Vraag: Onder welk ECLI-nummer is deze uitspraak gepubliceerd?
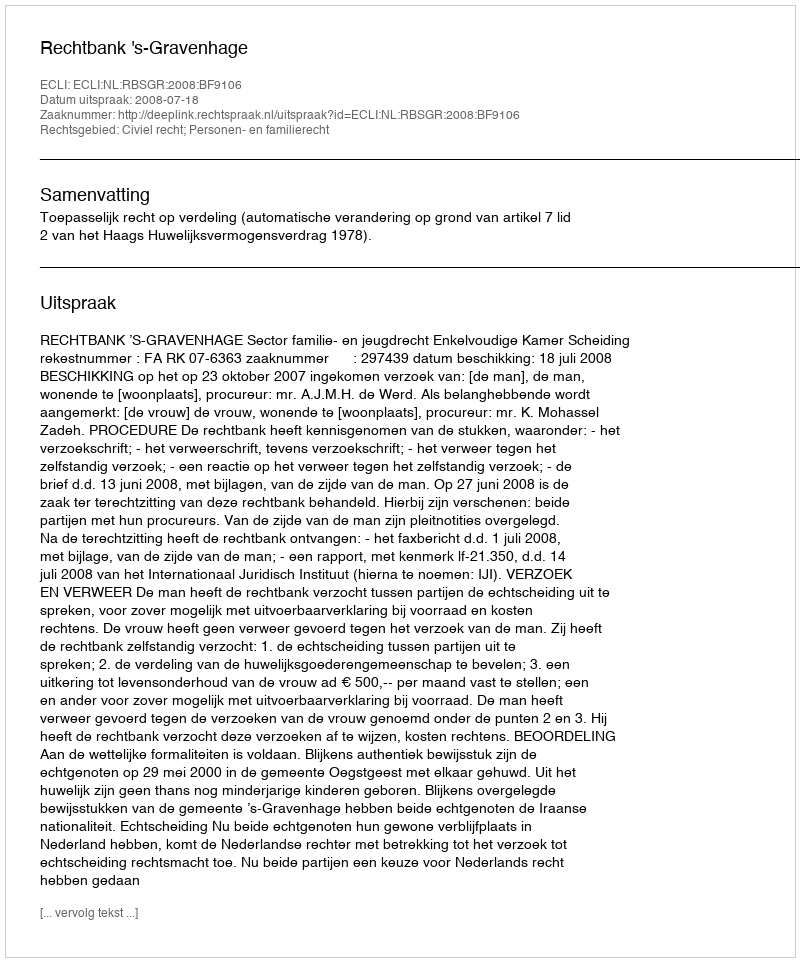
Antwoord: ECLI:NL:RBSGR:2008:BF9106